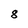
Character: 8